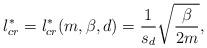
LaTeX: \begin{align*} l_{cr}^*=l_{cr}^*(m,\beta,d)=\frac{1}{s_d}\sqrt{\frac{\beta}{2m}}, \end{align*}